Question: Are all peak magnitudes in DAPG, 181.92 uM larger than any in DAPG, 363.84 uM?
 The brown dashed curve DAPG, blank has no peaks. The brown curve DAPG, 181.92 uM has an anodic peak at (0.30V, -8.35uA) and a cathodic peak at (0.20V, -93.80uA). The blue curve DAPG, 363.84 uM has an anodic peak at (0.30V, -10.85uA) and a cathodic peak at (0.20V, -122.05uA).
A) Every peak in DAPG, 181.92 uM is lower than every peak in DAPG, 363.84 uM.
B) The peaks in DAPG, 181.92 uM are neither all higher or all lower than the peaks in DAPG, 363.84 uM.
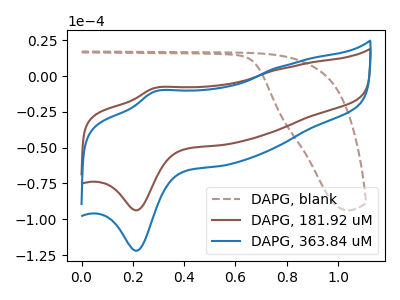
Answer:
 <answer>B) The peaks in "DAPG, 181.92 uM" are neither all higher or all lower than the peaks in "DAPG, 363.84 uM".</answer>
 <eval>B</eval>